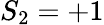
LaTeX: S_{2}=+1